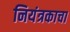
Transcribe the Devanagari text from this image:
नियंत्रकाचा